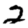
Digit: 2